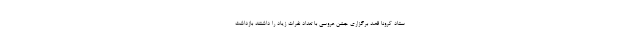
ستاد کرونا قصد برگزاری جشن عروسی با تعداد نفرات زیاد را داشتند بازداشت